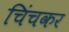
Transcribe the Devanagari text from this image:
चिंचकर